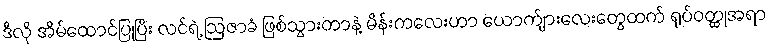
ဒီလို အိမ်ထောင်ပြုပြီး လင်ရဲ့ ဩဇာခံ ဖြစ်သွားတာနဲ့ မိန်းကလေးဟာ ယောက်ျားလေးတွေထက် ရုပ်ဝတ္ထုအရာ